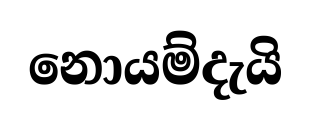
නොයම්දැයි